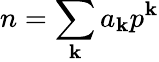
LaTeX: n=\sum_{\mathbf{k}}a_{\mathbf{k}}p^{\mathbf{k}}